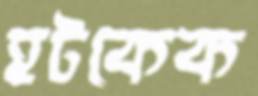
হটকেক